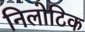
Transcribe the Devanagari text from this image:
निलोटिक